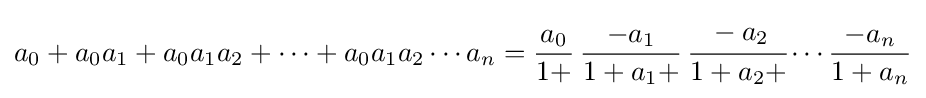
a_{0}+a_{0}a_{1}+a_{0}a_{1}a_{2}+\cdots +a_{0}a_{1}a_{2}\cdots a_{n}={\frac {a_{0}}{1+}}\,{\frac {-a_{1}}{1+a_{1}+}}\,{\cfrac {-a_{2}}{1+a_{2}+}}\cdots {\frac {-a_{n}}{1+a_{n}}}